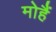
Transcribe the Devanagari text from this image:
मोहैं